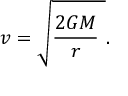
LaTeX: v = { \sqrt { { \frac { 2 G M } { r } } \ } } .